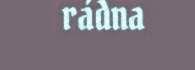
rádna